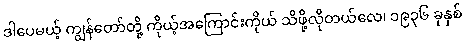
ဒါပေမယ့် ကျွန်တော်တို့ ကိုယ့်အကြောင်းကိုယ် သိဖို့လိုတယ်လေ၊ ၁၉၃၆ ခုနှစ်